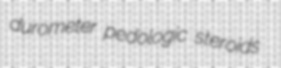
durometer pedologic steroids